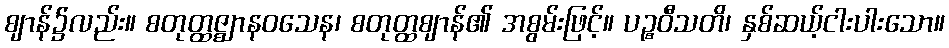
ဈာန်၌လည်း။ စတုတ္ထဇ္ဈာနဝသေန၊ စတုတ္ထဈာန်၏ အစွမ်းဖြင့်။ ပဉ္စဝီသတိ၊ နှစ်ဆယ့်ငါးပါးသော။